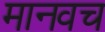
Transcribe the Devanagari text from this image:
मानवच